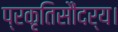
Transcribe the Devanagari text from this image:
प्रकृतिसौंदर्य।